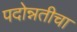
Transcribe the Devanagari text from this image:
पदोन्नतीचा